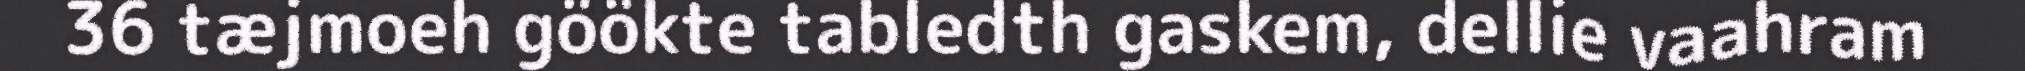
36 tæjmoeh göökte tabledth gaskem, dellie vaahram